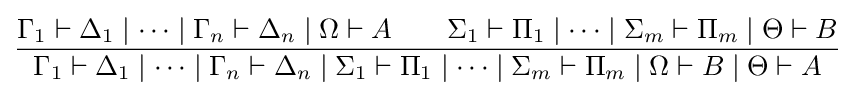
{\frac {\Gamma _{1}\vdash \Delta _{1}\mid \dots \mid \Gamma _{n}\vdash \Delta _{n}\mid \Omega \vdash A\qquad \Sigma _{1}\vdash \Pi _{1}\mid \dots \mid \Sigma _{m}\vdash \Pi _{m}\mid \Theta \vdash B}{\Gamma _{1}\vdash \Delta _{1}\mid \dots \mid \Gamma _{n}\vdash \Delta _{n}\mid \Sigma _{1}\vdash \Pi _{1}\mid \dots \mid \Sigma _{m}\vdash \Pi _{m}\mid \Omega \vdash B\mid \Theta \vdash A}}